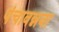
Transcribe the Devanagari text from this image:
पंचावन्नवा